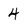
Character: 4